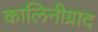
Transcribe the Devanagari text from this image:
कालिनीग्राद